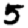
Digit: 5